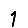
Digit: 1